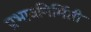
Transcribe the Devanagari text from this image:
प्रभावनिर्मिती